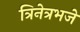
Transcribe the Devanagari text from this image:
त्रिनेत्रभजे